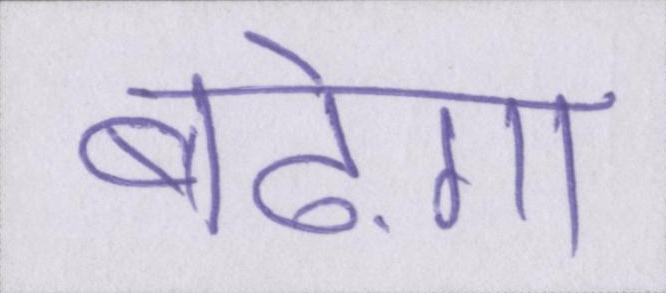
बढ़ेगा